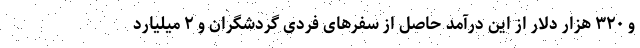
و ۳۲۰ هزار دلار از این درآمد حاصل از سفرهای فردی گردشگران و ۲ میلیارد